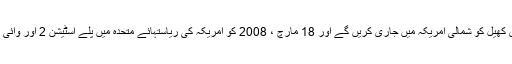
اٹلس امریکی یہ متعارف کرایا کہ وہ اس کھیل کو شمالی امریکہ میں جاری کریں گے اور 18 مارچ ، 2008 کو امریکہ کی ریاستہائے متحدہ میں پلے اسٹیشن 2 اور وائی کے لئے رہائی کے لئے شیڈول ہوگئے۔